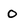
Character: 0